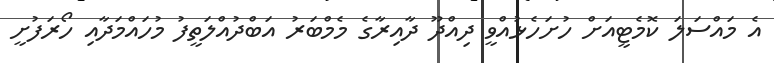
އެ މައްސަލަ ކޮމެޓީއަށް ހުށަހެޅުއްވީ ދިއްދޫ ދާއިރާގެ މެމްބަރު އަބްދުއްލަތީފު މުހައްމަދާއި ހޯރަފުށީ